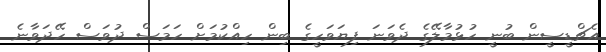
އެޗްޑީސީން ބުނީ ހުޅުމާލޭގެ ދެވަނަ ފިޔަވަހީގެ ބިން ހިއްކުމަށް ހަމަސް ދުވަސް ހޭދަވާނެ